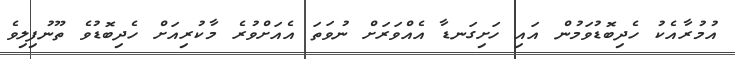
އުމުރާއެކު ހެދިބޮޑުވަމުން އައި ހަށިގަނޑާ އެއްވަރަށް ނުވަތަ އެއަށްވުރެ މާކުރިއަށް ހެދިބޮޑުވެ ތޫނުފިލިވެ